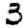
Digit: 3